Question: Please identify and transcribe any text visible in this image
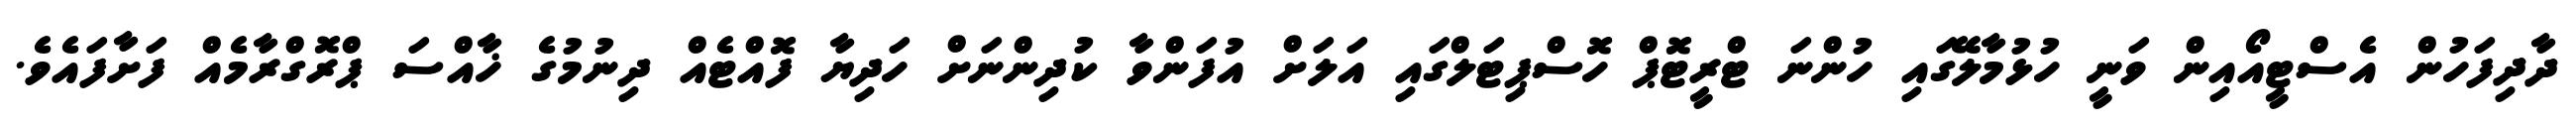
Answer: ދާދިފަހުން އެސްޓީއޯއިން ވަނީ ހުޅުމާލޭގައި ހުންނަ ޓްރީޓޮޕް ހޮސްޕިޓަލްގައި އަލަށް އުފަންވާ ކުދިންނަށް ހަދިޔާ ފޮއްޓެއް ދިނުމުގެ ޚާއްސަ ޕްރޮގްރާމެއް ފަށާފައެވެ.